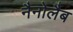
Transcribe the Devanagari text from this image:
नैनोलैब